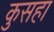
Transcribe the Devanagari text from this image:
कुसहा